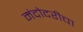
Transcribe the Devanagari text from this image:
मंदोदरीचा